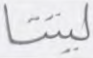
ليتنا